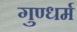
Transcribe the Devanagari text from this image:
गुण्धर्म